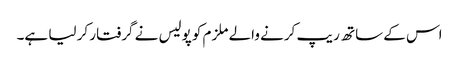
اس کے ساتھ ریپ کرنے والے ملزم کو پولیس نے گرفتار کر لیا ہے۔